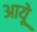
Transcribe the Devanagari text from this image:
आयूे